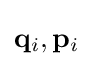
\mathbf {q} _{i},\mathbf {p} _{i}